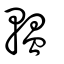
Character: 轀